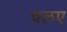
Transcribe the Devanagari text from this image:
चलए